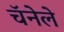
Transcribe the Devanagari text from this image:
चॅनेले